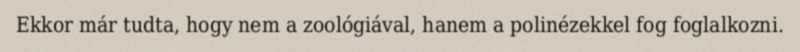
Ekkor már tudta, hogy nem a zoológiával, hanem a polinézekkel fog foglalkozni.